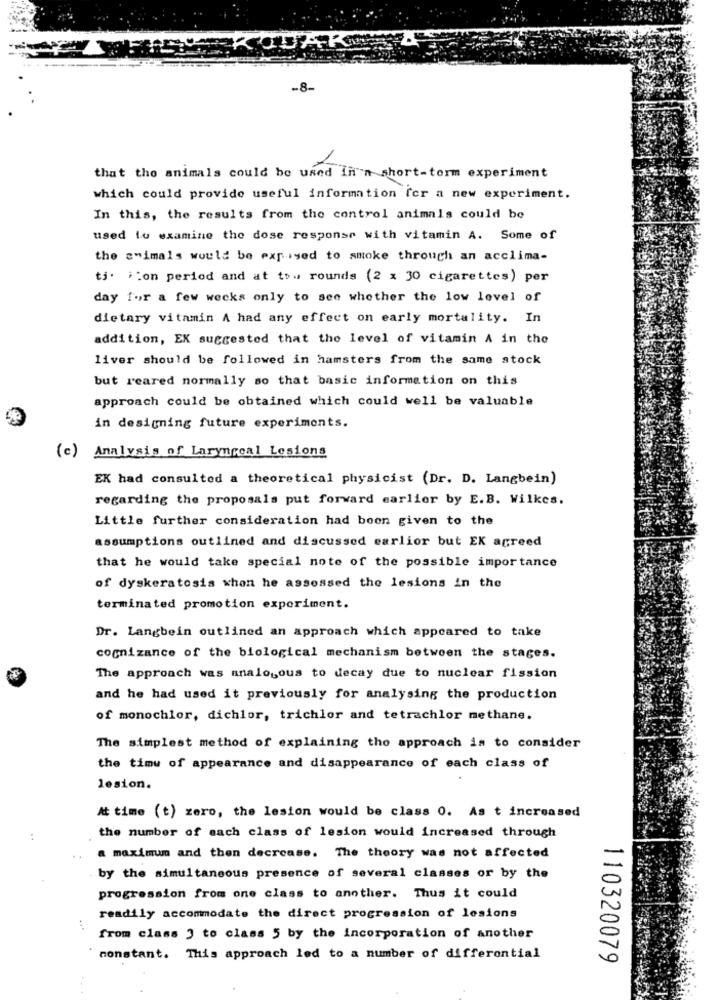
-8-
that the animals could be used in'n short-torm experiment
which could provide useful information for a new experiment.
In this, the results from the control animals could be
used lo examine the dose response with vitamin A. Some of
the swimals would be exposed to smoke through an acclima-
ti. i:on period and at tow rounds (2 x 30 cigarettes) per
day for a few weeks only to see whether the low level of
dietary vitamin A had any effect on early mortality. In
addition, EX suggested that the level of vitamin A in the
liver should be followed in hamsters from the same stock
but reared normally so that basic information on this
approach could be obtained which could well be valuable
in designing future experiments.
(c) Analysis of Laryngeal Lesions
EK had consulted a theoretical physicist (Dr. D. Langbein)
regarding the proposals put forward earlier by E.B. Wilkes.
Little further consideration had been given to the
assumptions outlined and discussed earlier but EK agreed
that he would take special note of the possible importance
of dyskeratosis when he assessed the lesions in the
terminated promotion experiment.
Dr. Langbein outlined an approach which appeared to take
cognizance of the biological mechanism between the stages.
The approach was analogous to decay due to nuclear fission
and he had used it previously for analysing the production
of monochlor, dichlor, trichlor and tetrachlor methane.
The simplest method of explaining the approach is to consider
the time of appearance and disappearance of each class of
lesion.
At time (t) zero, the lesion would be class 0. As t increased
..
the number of sach class of lesion would increased through
a maximum and then decrease. The theory was not affected
by the simultaneous presence of several classes or by the
progression from one class to another. Thus it could
readily accommodate the direct progression of lesions
from class 3 to class 5 by the incorporation of another
constant. This approach led to a number of differential
110320079